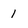
Character: I